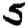
Digit: 5